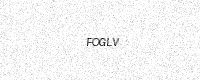
Text: FOGLV